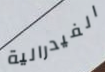
الفيدرالية